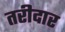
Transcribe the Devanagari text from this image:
तरीदार